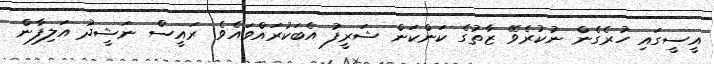
އީސީގައި ހުރެގެން ނުކުރެވޭ ޒާތުގެ ކަންކަން ޝަރީފު އެބަކުރައްވައެވެ. ރައީސް ނަޝީދު އަލިފާން